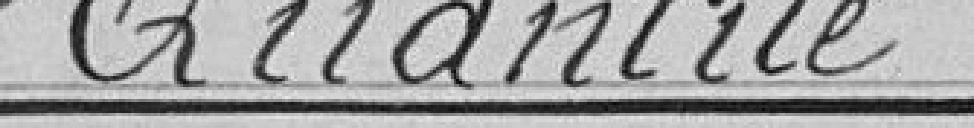
Quantité